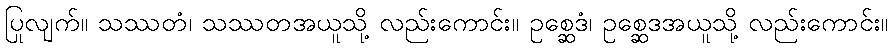
ပြုလျက်။ သဿတံ၊ သဿတအယူသို့ လည်းကောင်း။ ဥစ္ဆေဒံ၊ ဥစ္ဆေဒအယူသို့ လည်းကောင်း။